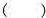
()